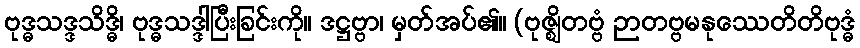
ဗုဒ္ဓသဒ္ဒသိဒ္ဓိ၊ ဗုဒ္ဓသဒ္ဒါပြီးခြင်းကို။ ဒဋ္ဌဗ္ဗာ၊ မှတ်အပ်၏။ (ဗုဇ္ဈိတဗ္ဗံ ဉာတဗ္ဗမနုဿေတိတိဗုဒ္ဓံ